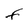
Character: F